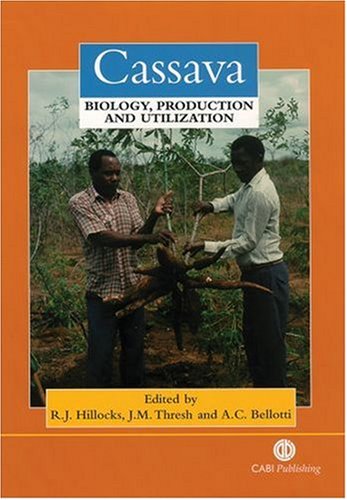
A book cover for Cassava: Biology, Production and Utilization; Rory J Hillocks; Science & Math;